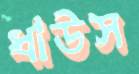
ধাউস